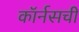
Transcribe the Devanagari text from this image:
कॉर्नसची